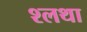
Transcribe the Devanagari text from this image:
श्लथा